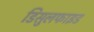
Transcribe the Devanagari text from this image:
डिसुलफाइड